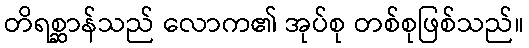
တိရစ္ဆာန်သည် လောက၏ အုပ်စု တစ်စုဖြစ်သည်။